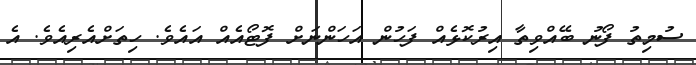
ސުމިތު ފޯނު ބޭއްވިތާ އިރުކޮޅެއް ފަހުން އަހަންނަށް ފޮޓޯއެއް އައެވެ. ހިތަށްއެރިއެވެ. އެ